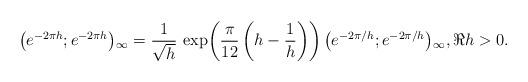
LaTeX: \begin{align*} \left(e^{-2\pi h};e^{-2\pi h}\right){}_{\!\infty} =\frac{1}{\sqrt{h}}\,\exp\!\left(\frac{\pi}{12} \left(h-\frac{1}{h}\right)\right) \left(e^{-2\pi/h};e^{-2\pi/h}\right){}_{\!\infty},\Re h>0. \end{align*}